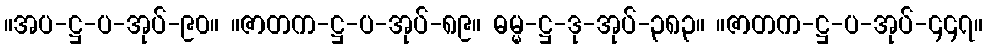
။အပ-ဋ္ဌ-ပ-အုပ်-၉၀။ ။ဇာတက-ဋ္ဌ-ပ-အုပ်-၈၉။ ဓမ္မ-ဋ္ဌ-ဒု-အုပ်-၃၈၃။ ။ဇာတက-ဋ္ဌ-ပ-အုပ်-၄၄၇။